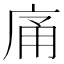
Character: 𭙡